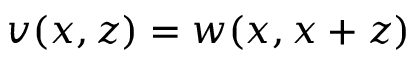
v ( x , z ) = w ( x , x + z )